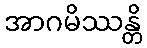
အာဂမိဿန္တိ